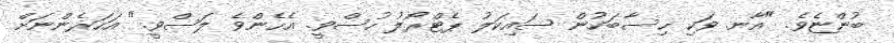
ބުންޏެވެ. "އާނ. ވަކި ހިސާބަކުން ސައިކަލު ޕެޓްރޯލު ހުސްވީ. އެހެންވެ ލަސްވީ." އަހަރެންނަށް